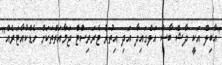
"އާބިލް އަކީ ދާޝް ބާސް އަލްގައިދާ އަދި އިތުރު ޓެރަރިސްޓް ޖަމާއަތްތަކަށް ހެޑްކުއާޓަރެއް"